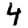
Digit: 4